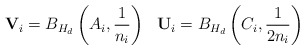
\begin{align*}\mathbf V_i=B_{H_d}\left (A_i,\frac{1}{n_i}\right ) \ \ \mathbf U_i=B_{H_d}\left (C_i,\frac{1}{2n_i}\right )\end{align*}